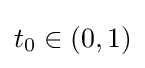
t_{0}\in \left(0,1\right)